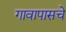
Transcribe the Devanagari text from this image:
गावापासचे